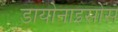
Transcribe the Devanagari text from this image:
डायोनाइसोस